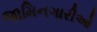
જામિનગારીઓ